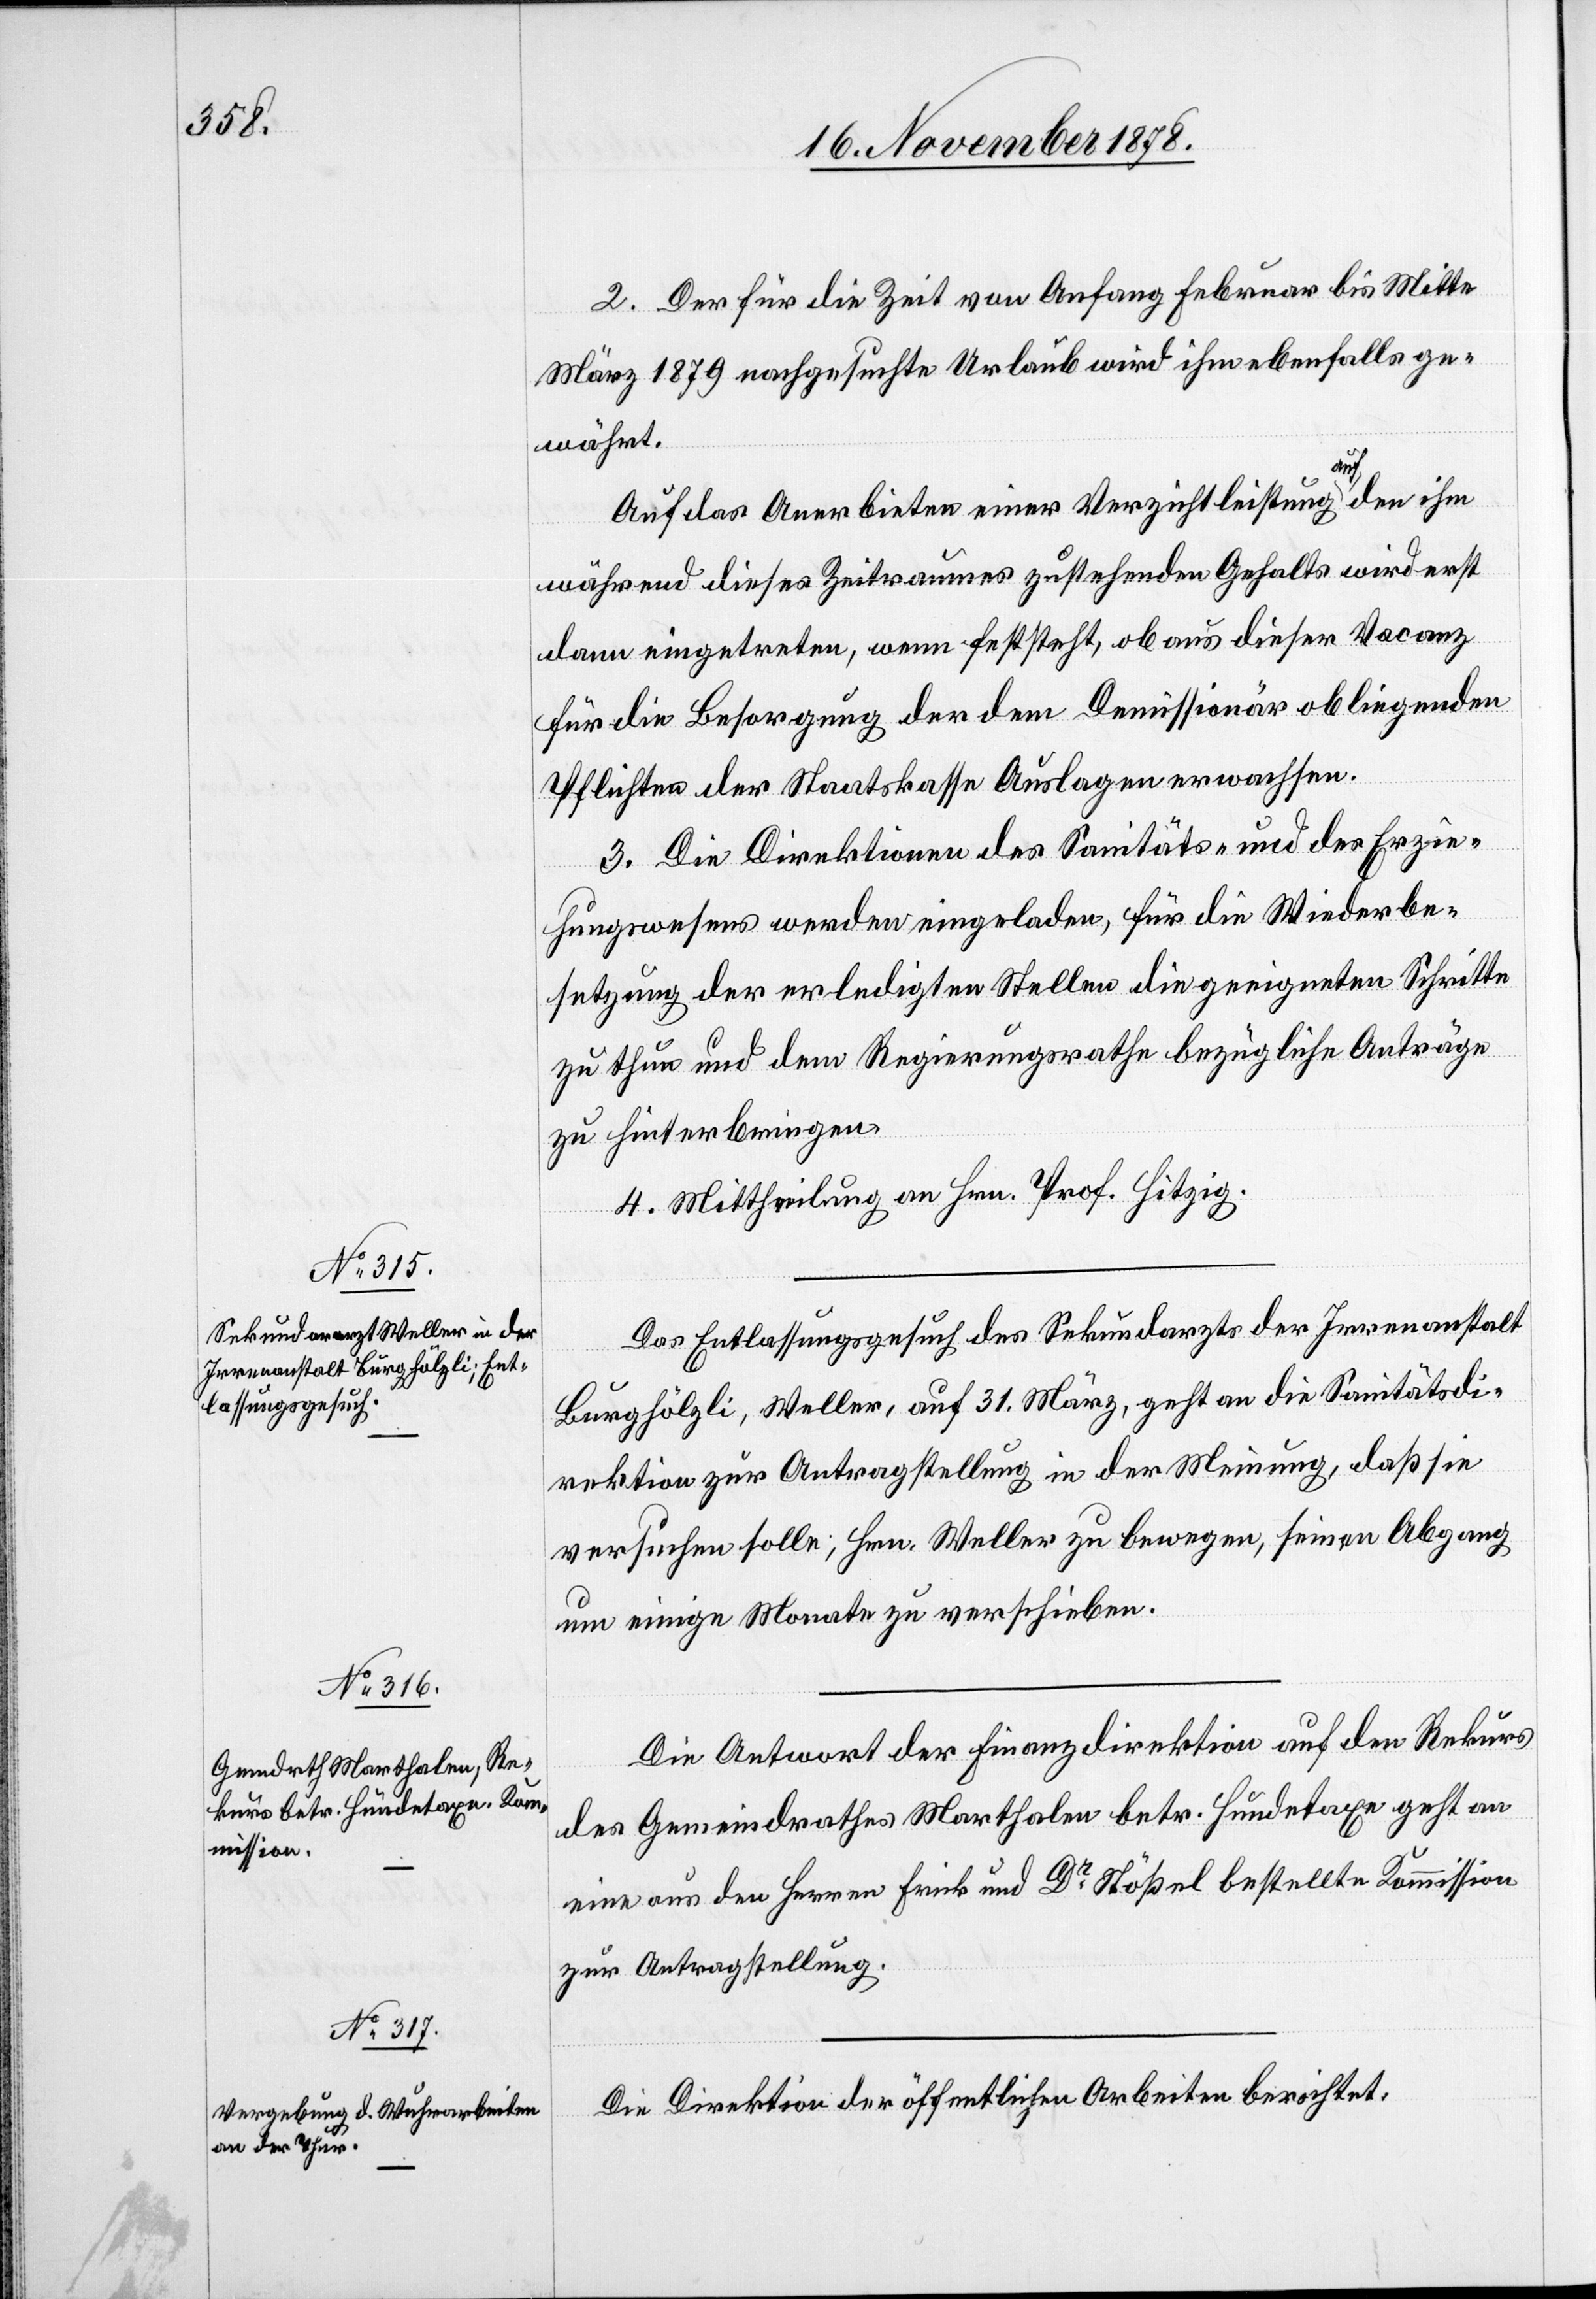
2. Der für die Zeit von Anfang Februar bis Mitte
März 1879 nachgesuchte Urlaub wird ihm ebenfalls ge¬
währt.
Auf das Anerbieten einer Verzichtleistung auf den ihm
während dieses Zeitraumes zustehenden Gehalts [sic!] wird erst
dann eingetreten, wenn feststeht, ob aus dieser Vacanz
für die Besorgung der dem Demissionär obliegenden
Pflichten der Staatskasse Auslagen erwachsen.
3. Die Direktionen des Sanitäts- & Gefängniß¬
Erzie¬
hungswesens werden eingeladen, für die Wiederbe¬
setzung der erledigten Stellen die geeigneten Schritte
zu thun und dem Regierungsrathe bezügliche Anträge
zu hinterbringen.
4. Mittheilung an Hrn. Prof. Hitzig.
Das Entlassungsgesuch des Sekundararzts der Irrenanstalt
Burghölzli, Weller, auf 31. März, geht an die Sanitätsdi¬
rektion zur Antragstellung in der Meinung, daß sie
versuchen solle, Hrn. Weller zu bewegen, seinen Abgang
um einige Monate zu verschieben.
Die Antwort der Finanzdirektion auf den Rekurs
des Gemeindrathes Marthalen betr. Hundetaxe geht an
eine aus den Herren Frick und Dr Stößel bestellte Kommission
zur Antragstellung.
Die Direktion der öffentlichen Arbeiten berichtet: